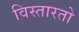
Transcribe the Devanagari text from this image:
विस्तारतो